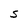
Character: S